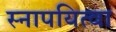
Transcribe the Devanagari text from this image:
स्नापयित्वा